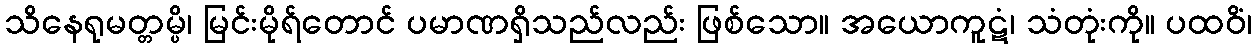
သိနေရုမတ္တမ္ပိ၊ မြင်းမိုရ်တောင် ပမာဏရှိသည်လည်း ဖြစ်သော။ အယောကူဋံ၊ သံတုံးကို။ ပထဝိံ၊